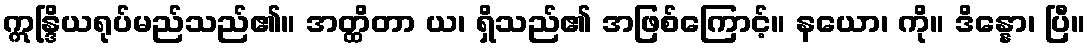
ဣန္ဒြိယရုပ်မည်သည်၏။ အတ္ထိတာ ယ၊ ရှိသည်၏ အဖြစ်ကြောင့်။ နယော၊ ကို။ ဒိန္နော၊ ပြီ။